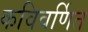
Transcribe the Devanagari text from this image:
कविवर्णित